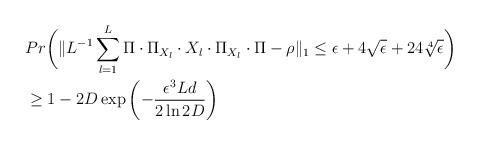
LaTeX: \begin{align*}& Pr \biggl( \lVert L^{-1}\sum_{l=1}^{L}\Pi\cdot\Pi_{X_l}\cdot X_l\cdot\Pi_{X_l}\cdot\Pi- \rho\rVert_1 \leq \epsilon +4 \sqrt{\epsilon} +24 \sqrt[4]{\epsilon}\biggr) \allowdisplaybreaks\\& \geq 1- 2D \exp \left( -\frac{\epsilon^3Ld}{2\ln 2D} \right) \end{align*}